system: You are a helpful assistant.
user:
Analyze the provided spectrum to determine if it is a **Carbon Star (C-type)**.

- **Key Visual Indicators of Carbon Star:**
    - **(Primary):** Strong molecular absorption from **C₂ (diatomic carbon) "Swan Bands."** This is the **defining feature** of a carbon star.
        - **(Key Bandheads):** Sharp absorption edges are visible at approximately $5635$ Å, $5165$ Å (the strongest band), and $4737$ Å.
        - **(Line Profile):** Creates a distinct **"saw-tooth"** pattern. The key morphology is a sharp, steep bandhead on the **red (long-wavelength) side**, which then gradually tapers off (i.e., flux recovers) towards the **blue (short-wavelength) side**. *(This is the direct opposite of the TiO bands seen in M-type stars)*.

    - **(Secondary):** Intense **CN (cyanogen)** molecular absorption bands.
        - **(Key Bandheads):** Located in the blue and violet regions of the spectrum (e.g., near $4215$ Å and $3883$ Å).
        - **(Morphology):** These bands are extremely broad and act as a "blanket," absorbing the vast majority of blue and violet light. This creates a characteristic **"cliff"** or **"steep drop-off"** in the spectrum's flux at short wavelengths.

    - **(Key Confirmation):** Strong **CH absorption band (G-band)**.
        - **(Key Bandhead):** Located around $4300$ Å. The contribution from CH molecules to this band is exceptionally strong.

    - **(Overall Spectrum):**
        - The continuum is severely "chopped up" by these deep molecular bands, especially C₂, rather than appearing as a smooth curve.
        - Due to the heavy CN and C₂ absorption in the blue-green, the vast majority of the star's flux is concentrated in the red part of the spectrum, giving the star its characteristic deep red color.

Think first, call **spectral_visualization_tool** if needed to examine features in detail, then provide your final answer. Your response must adhere to the following strict rules:
1.  **Overall Structure:** Your response must follow the format `<think>...</think> <tool_call>...</tool_call> (if a tool is used) <answer>...</answer>`.
2.  **Tool Usage Constraint:** You may only make **one** tool call per turn.
3.  **Final Answer Format:** In the `<answer>` tag, your conclusion must be inside a `\boxed{}` command (e.g., `\boxed{YES}`), followed by your justification.

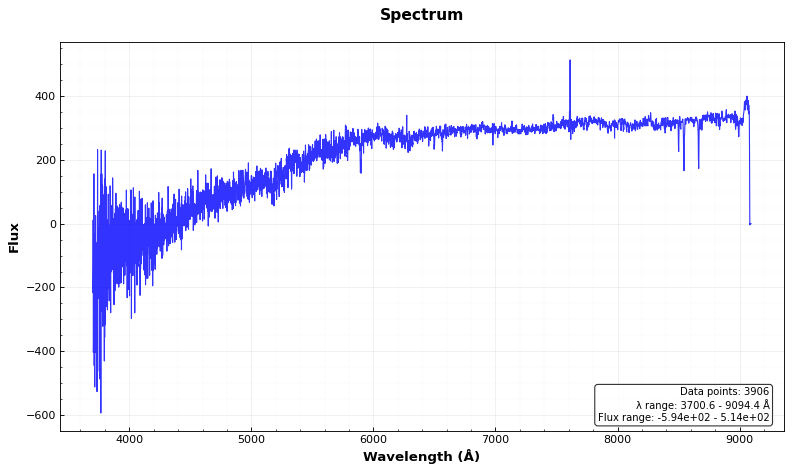
Answer: NO